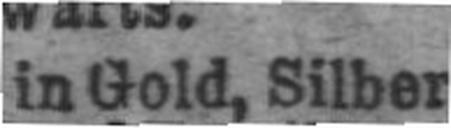
in Gold, Silber